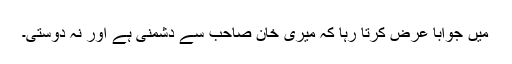
میں جواباً عرض کرتا رہا کہ میری خان صاحب سے دشمنی ہے اور نہ دوستی۔